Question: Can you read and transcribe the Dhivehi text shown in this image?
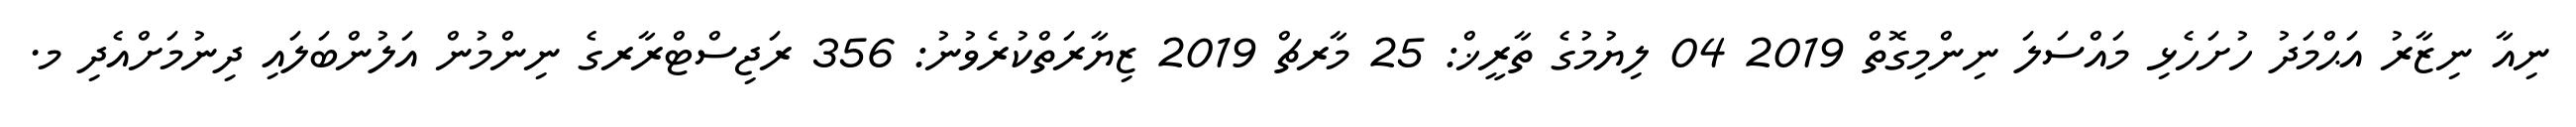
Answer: ނިއާ ނިޒާރު އަޙްމަދު ހުށަހެޅި މައްސަލަ ނިންމިގޮތް 2019 04 ލިޔުމުގެ ތާރީޚް: 25 މާރޗް 2019 ޒިޔާރަތްކުރެވުނު: 356 ރަޖިސްޓްރާރގެ ނިންމުން އަލުންބަލައި ދިނުމަށްއެދި މ.